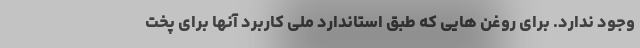
وجود ندارد. برای روغن هایی که طبق استاندارد ملی کاربرد آنها برای پخت